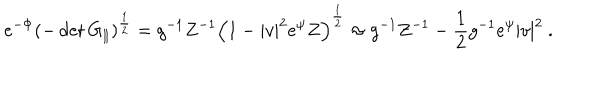
e ^ { - \Phi } ( - \det G _ { \| } ) ^ { \frac { 1 } { 2 } } = g ^ { - 1 } Z ^ { - 1 } \Bigl ( 1 - | v | ^ { 2 } e ^ { \psi } Z \Bigr ) ^ { \frac { 1 } { 2 } } \approx g ^ { - 1 } Z ^ { - 1 } - \frac { 1 } { 2 } g ^ { - 1 } e ^ { \psi } | v | ^ { 2 } \ .